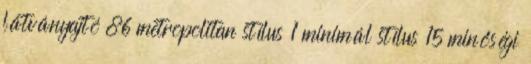
látványajtó 86 metropolitan stílus 1 minimál stílus 15 minőségi